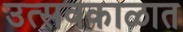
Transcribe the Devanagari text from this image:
उत्सवकाळात